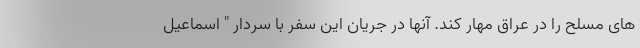
های مسلح را در عراق مهار كند. آنها در جریان این سفر با سردار " اسماعیل